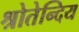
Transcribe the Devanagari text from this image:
श्रोतेन्दिय